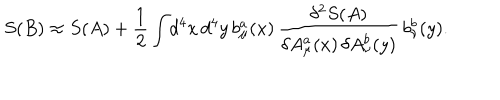
S ( B ) \approx S ( A ) + { \frac { 1 } { 2 } } \int \! d ^ { 4 } x \, d ^ { 4 } y \, b _ { \mu } ^ { a } ( x ) \, { \frac { \delta ^ { 2 } S ( A ) } { \delta A _ { \mu } ^ { a } ( x ) \, \delta A _ { \nu } ^ { b } ( y ) } } \, b _ { \nu } ^ { b } ( y ) .